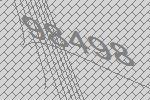
98498